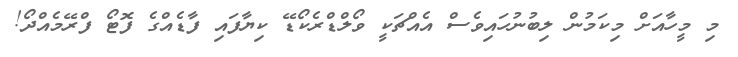
މި މީހާއަށް މިކަމުން ލިބުނުހައިވެސް އެއްޗަކީ ވޯލްޑްރެކޯޑޭ ކިޔާފައި ފާޑެއްގެ ފޮޓޯ ފްރޭމެއްދޯ!